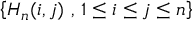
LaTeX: \left\{ H _ { n } ( i , j ) ~ , \, 1 \leq i \leq j \leq n \right\}